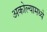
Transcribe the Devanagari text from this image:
अकोल्यामध्ये